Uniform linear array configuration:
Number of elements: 8
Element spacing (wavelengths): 0.25
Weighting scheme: blackman
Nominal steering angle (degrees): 0
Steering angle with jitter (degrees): -1.281
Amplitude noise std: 0.05
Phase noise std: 0.05

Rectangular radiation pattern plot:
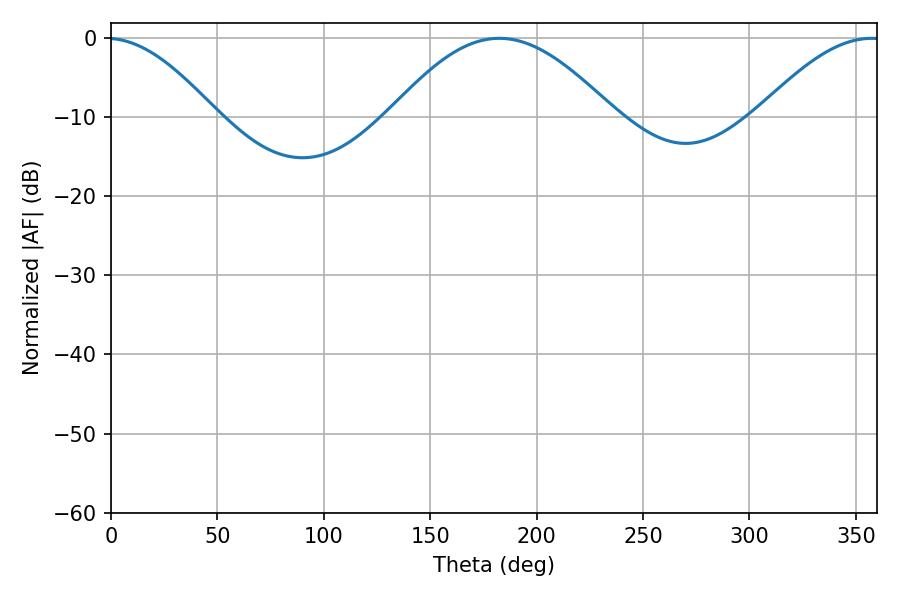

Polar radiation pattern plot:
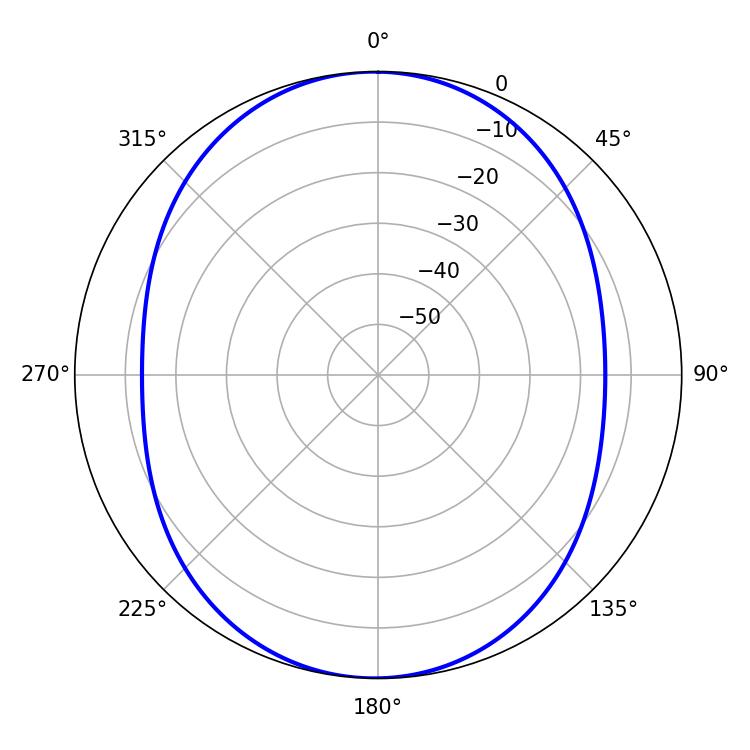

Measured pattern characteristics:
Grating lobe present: FALSE
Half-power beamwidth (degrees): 31.14
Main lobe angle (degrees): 357.48